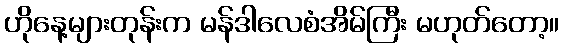
ဟိုနေ့များတုန်းက မန်ဒါလေစံအိမ်ကြီး မဟုတ်တော့။